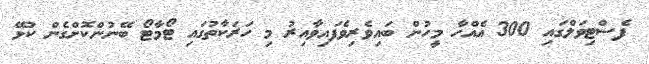
ފެސްޓިވަލްގައި 300 އެއްހާ މީހުން ބައިވެރިވެފައިވާއިރު މި ހަރަކާތުގައި ޓޯމާޓޯ ބޭނުންކޮށްގެން ކުޅޭ